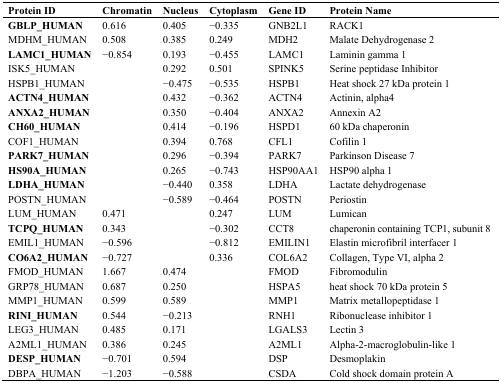
<table><thead><tr><td><b>Protein ID</b></td><td><b>Chromatin</b></td><td><b>Nucleus</b></td><td><b>Cytoplasm</b></td><td><b>Gene ID</b></td><td><b>Protein Name</b></td></tr></thead><tbody><tr><td><b>GBLP_HUMAN</b></td><td>0.616</td><td>0.405</td><td>−0.335</td><td>GNB2L1</td><td>RACK1</td></tr><tr><td>MDHM_HUMAN</td><td>0.508</td><td>0.385</td><td>0.249</td><td>MDH2</td><td>Malate Dehydrogenase 2</td></tr><tr><td><b>LAMC1_HUMAN</b></td><td>−0.854</td><td>0.193</td><td>−0.455</td><td>LAMC1</td><td>Laminin gamma 1</td></tr><tr><td>ISK5_HUMAN</td><td></td><td>0.292</td><td>0.501</td><td>SPINK5</td><td>Serine peptidase Inhibitor</td></tr><tr><td>HSPB1_HUMAN</td><td></td><td>−0.475</td><td>−0.535</td><td>HSPB1</td><td>Heat shock 27 kDa protein 1</td></tr><tr><td><b>ACTN4_HUMAN</b></td><td></td><td>0.432</td><td>−0.362</td><td>ACTN4</td><td>Actinin, alpha4</td></tr><tr><td><b>ANXA2_HUMAN</b></td><td></td><td>0.350</td><td>−0.404</td><td>ANXA2</td><td>Annexin A2</td></tr><tr><td><b>CH60_HUMAN</b></td><td></td><td>0.414</td><td>−0.196</td><td>HSPD1</td><td>60 kDa chaperonin</td></tr><tr><td>COF1_HUMAN</td><td></td><td>0.394</td><td>0.768</td><td>CFL1</td><td>Cofilin 1</td></tr><tr><td><b>PARK7_HUMAN</b></td><td></td><td>0.296</td><td>−0.394</td><td>PARK7</td><td>Parkinson Disease 7</td></tr><tr><td><b>HS90A_HUMAN</b></td><td></td><td>0.265</td><td>−0.743</td><td>HSP90AA1</td><td>HSP90 alpha 1</td></tr><tr><td><b>LDHA_HUMAN</b></td><td></td><td>−0.440</td><td>0.358</td><td>LDHA</td><td>Lactate dehydrogenase</td></tr><tr><td>POSTN_HUMAN</td><td></td><td>−0.589</td><td>−0.464</td><td>POSTN</td><td>Periostin</td></tr><tr><td>LUM_HUMAN</td><td>0.471</td><td></td><td>0.247</td><td>LUM</td><td>Lumican</td></tr><tr><td><b>TCPQ_HUMAN</b></td><td>0.343</td><td></td><td>−0.302</td><td>CCT8</td><td>chaperonin containing TCP1, subunit 8</td></tr><tr><td>EMIL1_HUMAN</td><td>−0.596</td><td></td><td>−0.812</td><td>EMILIN1</td><td>Elastin microfibril interfacer 1</td></tr><tr><td><b>CO6A2_HUMAN</b></td><td>−0.727</td><td></td><td>0.336</td><td>COL6A2</td><td>Collagen, Type VI, alpha 2</td></tr><tr><td>FMOD_HUMAN</td><td>1.667</td><td>0.474</td><td></td><td>FMOD</td><td>Fibromodulin</td></tr><tr><td>GRP78_HUMAN</td><td>0.687</td><td>0.250</td><td></td><td>HSPA5</td><td>heat shock 70 kDa protein 5</td></tr><tr><td>MMP1_HUMAN</td><td>0.599</td><td>0.589</td><td></td><td>MMP1</td><td>Matrix metallopeptidase 1</td></tr><tr><td><b>RINI_HUMAN</b></td><td>0.544</td><td>−0.213</td><td></td><td>RNH1</td><td>Ribonuclease inhibitor 1</td></tr><tr><td>LEG3_HUMAN</td><td>0.485</td><td>0.171</td><td></td><td>LGALS3</td><td>Lectin 3</td></tr><tr><td>A2ML1_HUMAN</td><td>0.386</td><td>0.245</td><td></td><td>A2ML1</td><td>Alpha-2-macroglobulin-like 1</td></tr><tr><td><b>DESP_HUMAN</b></td><td>−0.701</td><td>0.594</td><td></td><td>DSP</td><td>Desmoplakin</td></tr><tr><td>DBPA_HUMAN</td><td>−1.203</td><td>−0.588</td><td></td><td>CSDA</td><td>Cold shock domain protein A</td></tr></tbody></table>